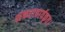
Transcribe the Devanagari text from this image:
शंकराचार्यकृत।